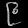
Digit: ၉